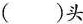
()头